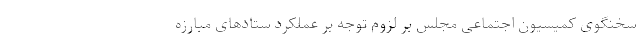
سخنگوی کمیسیون اجتماعی مجلس بر لزوم توجه بر عملکرد ستادهای مبارزه